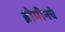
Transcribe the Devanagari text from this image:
ब्रोमीनचे